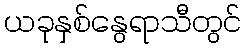
ယခုနှစ်နွေရာသီတွင်